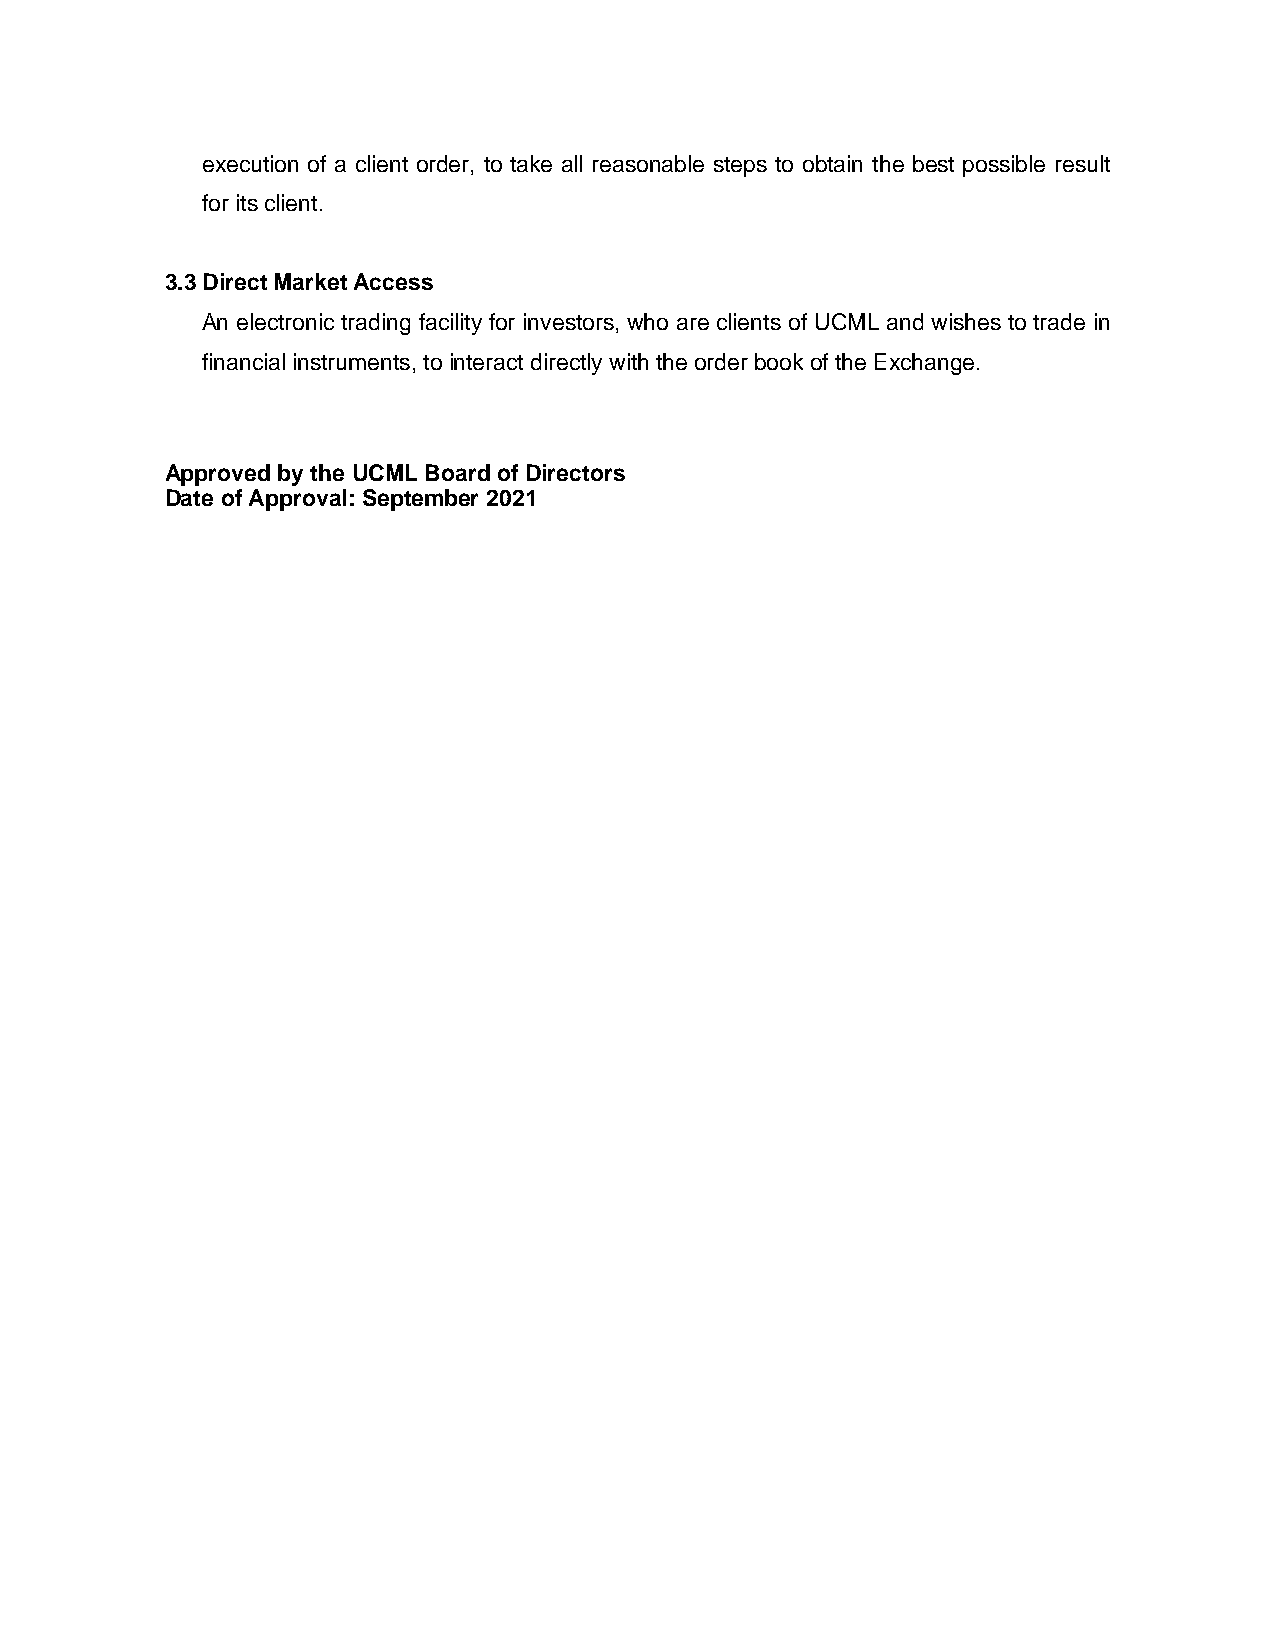
execution of a client order, to take all reasonable steps to obtain the best possible result
 for its client.
 3.3 Direct Market Access
 An electronic trading facility for investors, who are clients of UCML and wishes to trade in
 financial instruments, to interact directly with the order book of the Exchange.
 Approved by the UCML Board of Directors
 Date of Approval: September 2021